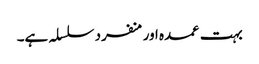
بہت عمدہ اورمنفرد سلسلہ ہے۔